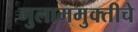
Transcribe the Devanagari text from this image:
गुलाममुक्तीचे